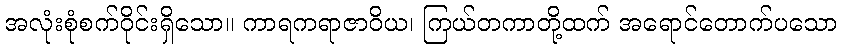
အလုံးစုံစက်ဝိုင်းရှိသော။ ကာရကရာဇာဝိယ၊ ကြယ်တကာတို့ထက် အရောင်တောက်ပသော